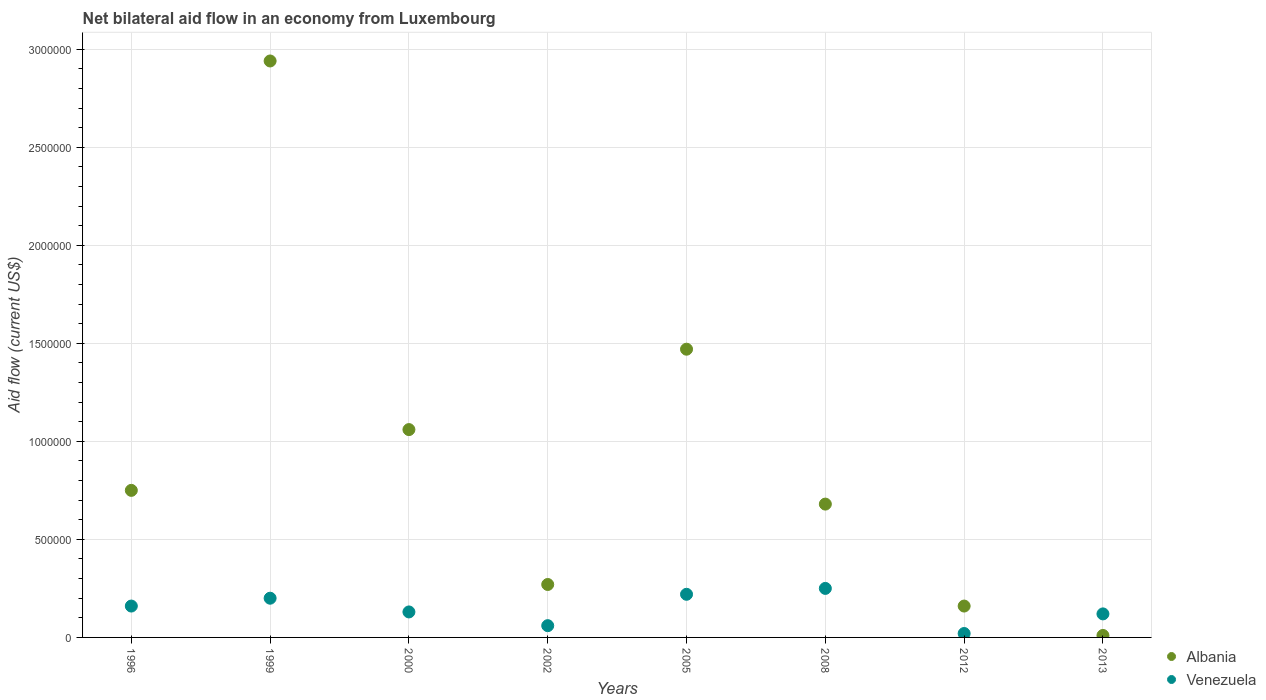
| Years | Albania | Venezuela |
 | --- | --- | --- |
 | 1996 | 7.5e+05 | 1.6e+05 |
 | 1999 | 2.94e+06 | 2e+05 |
 | 2000 | 1.06e+06 | 1.3e+05 |
 | 2002 | 2.7e+05 | 6e+04 |
 | 2005 | 1.47e+06 | 2.2e+05 |
 | 2008 | 6.8e+05 | 2.5e+05 |
 | 2012 | 1.6e+05 | 2e+04 |
 | 2013 | 1e+04 | 1.2e+05 |